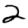
Digit: 2